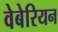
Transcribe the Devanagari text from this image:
वेबेरियन